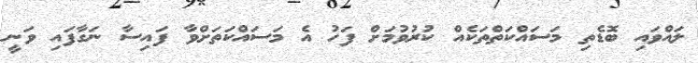
ލައްވައި ބޮޑެތި މަސައްކަތްތަކެއް ކުރުވުމަށް ފަހު އެ މަސައްކަތަށްވާ ފައިސާ ނަގާފައި ވަނީ